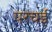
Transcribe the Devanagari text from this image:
परचई